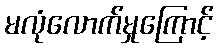
မလုံလောက်မှုကြောင့်